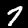
Digit: 7